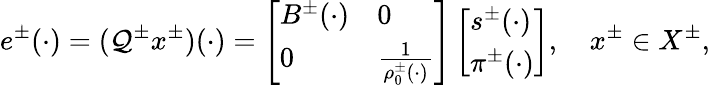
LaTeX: e^{\pm}(\cdot)=(\mathcal{Q}^{\pm}x^{\pm})(\cdot)=\left[\begin{array}{ll}{B^{\pm}(\cdot)}&{0}\\ {0}&{\frac{1}{\rho_{0}^{\pm}(\cdot)}}\end{array}\right]\left[\begin{array}{l}{s^{\pm}(\cdot)}\\ {\pi^{\pm}(\cdot)}\end{array}\right],\quad x^{\pm}\in X^{\pm},